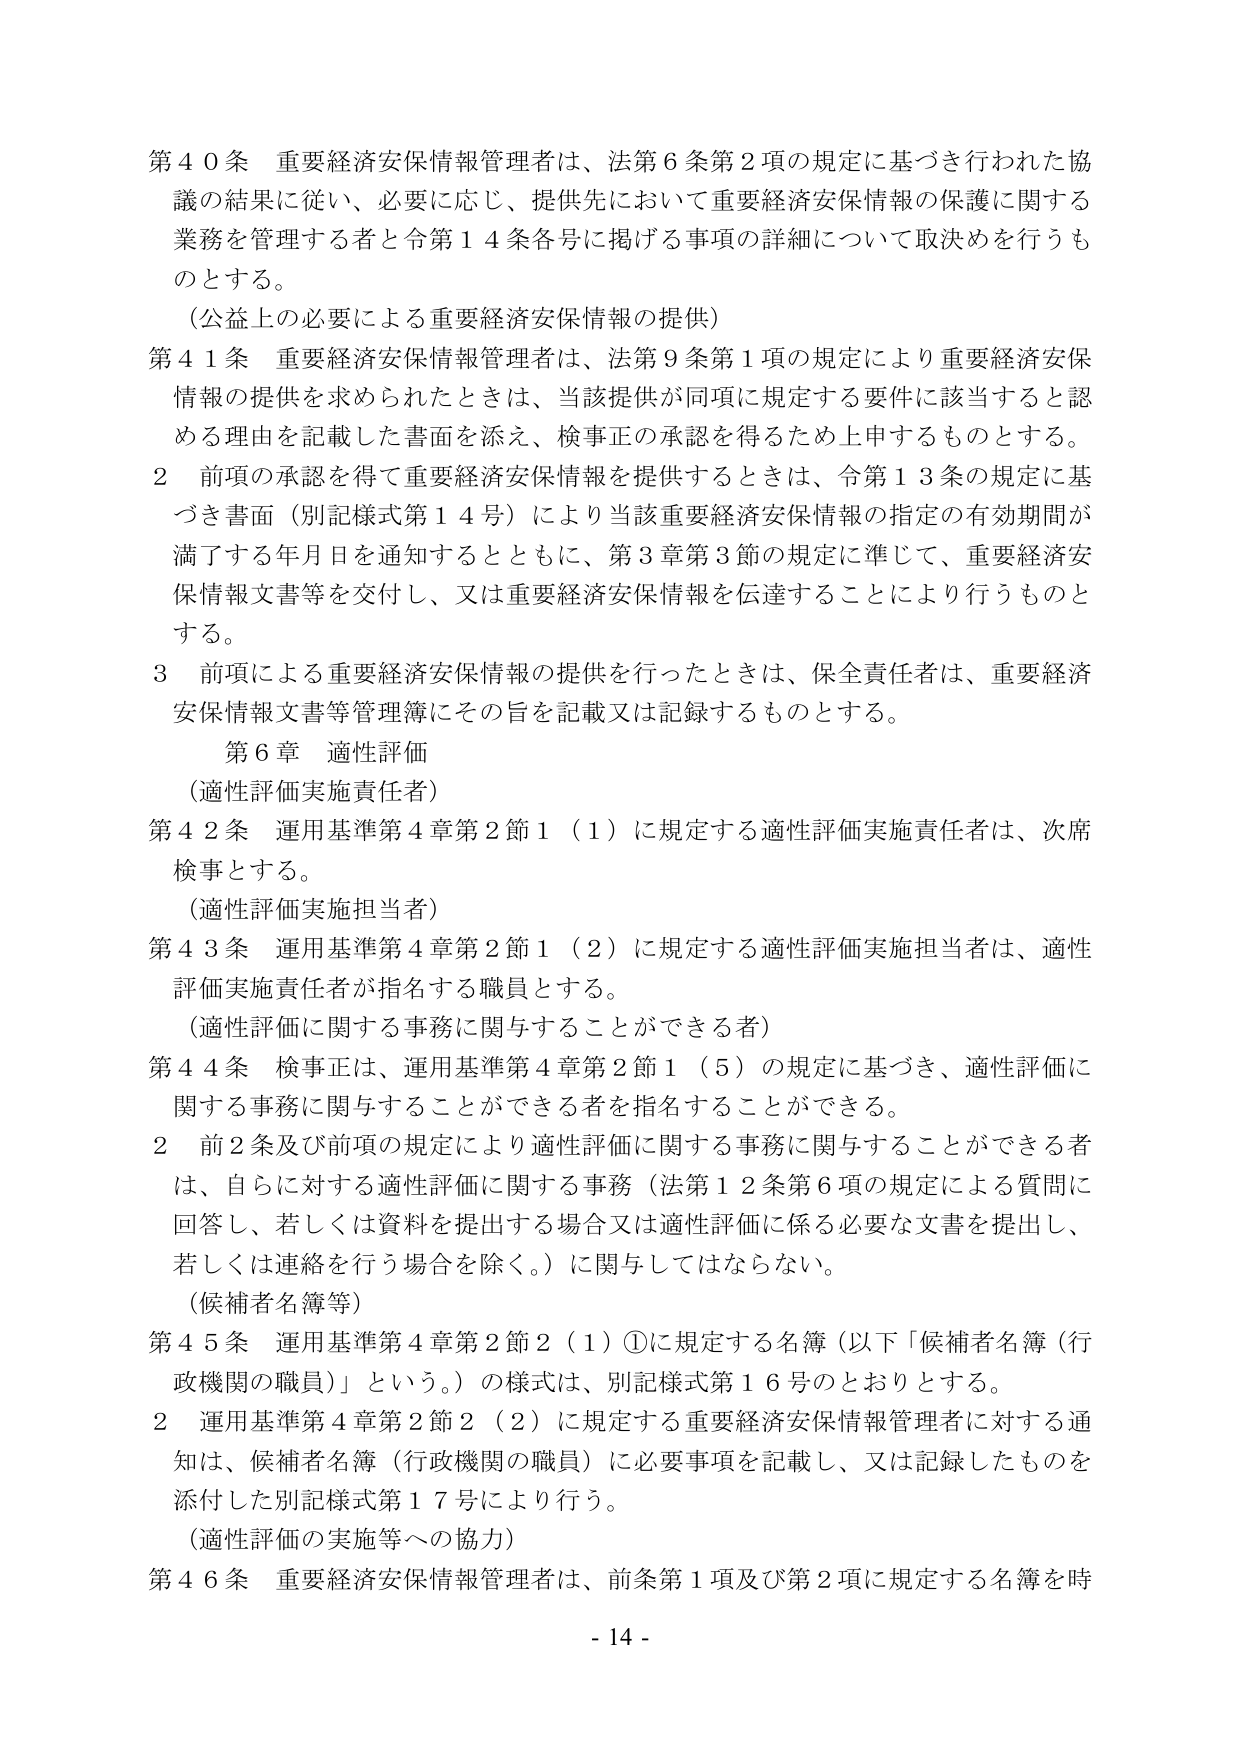
第４０条 重要経済安保情報管理者は、法第６条第２項の規定に基づき行われた協議の結果に従い、必要に応じ、提供先において重要経済安保情報の保護に関する業務を管理する者と令第１４条各号に掲げる事項の詳細について取決めを行うものとする。

（公益上の必要による重要経済安保情報の提供）

第４１条 重要経済安保情報管理者は、法第９条第１項の規定により重要経済安保情報の提供を求められたときは、当該提供が同項に規定する要件に該当すると認める理由を記載した書面を添え、検事正の承認を得るため上申するものとする。

２ 前項の承認を得て重要経済安保情報を提供するときは、令第１３条の規定に基づき書面（別記様式第１４号）により当該重要経済安保情報の指定の有効期間が満了する年月日を通知するとともに、第３章第３節の規定に準じて、重要経済安保情報文書等を交付し、又は重要経済安保情報を伝達することにより行うものとする。

３ 前項による重要経済安保情報の提供を行ったときは、保全責任者は、重要経済安保情報文書等管理簿にその旨を記載又は記録するものとする。

第６章 適性評価

（適性評価実施責任者）

第４２条 運用基準第４章第２節１（１）に規定する適性評価実施責任者は、次席検事とする。

（適性評価実施担当者）

第４３条 運用基準第４章第２節１（２）に規定する適性評価実施担当者は、適性評価実施責任者が指名する職員とする。

（適性評価に関する事務に関与することができる者）

第４４条 検事正は、運用基準第４章第２節１（５）の規定に基づき、適性評価に関する事務に関与することができる者を指名することができる。

２ 前２条及び前項の規定により適性評価に関する事務に関与することができる者は、自らに対する適性評価に関する事務（法第１２条第６項の規定による質問に回答し、若しくは資料を提出する場合又は適性評価に係る必要な文書を提出し、若しくは連絡を行う場合を除く。）に関与してはならない。

（候補者名簿等）

第４５条 運用基準第４章第２節２（１）①に規定する名簿（以下「候補者名簿（行政機関の職員）」という。）の様式は、別記様式第１６号のとおりとする。

２ 運用基準第４章第２節２（２）に規定する重要経済安保情報管理者に対する通知は、候補者名簿（行政機関の職員）に必要事項を記載し、又は記録したものを添付した別記様式第１７号により行う。

（適性評価の実施等への協力）

第４６条 重要経済安保情報管理者は、前条第１項及び第２項に規定する名簿を時

- 14 -